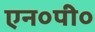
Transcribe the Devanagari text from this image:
एन०पी०